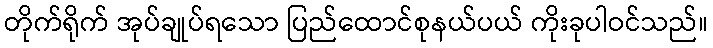
တိုက်ရိုက် အုပ်ချုပ်ရသော ပြည်ထောင်စုနယ်ပယ် ကိုးခုပါဝင်သည်။